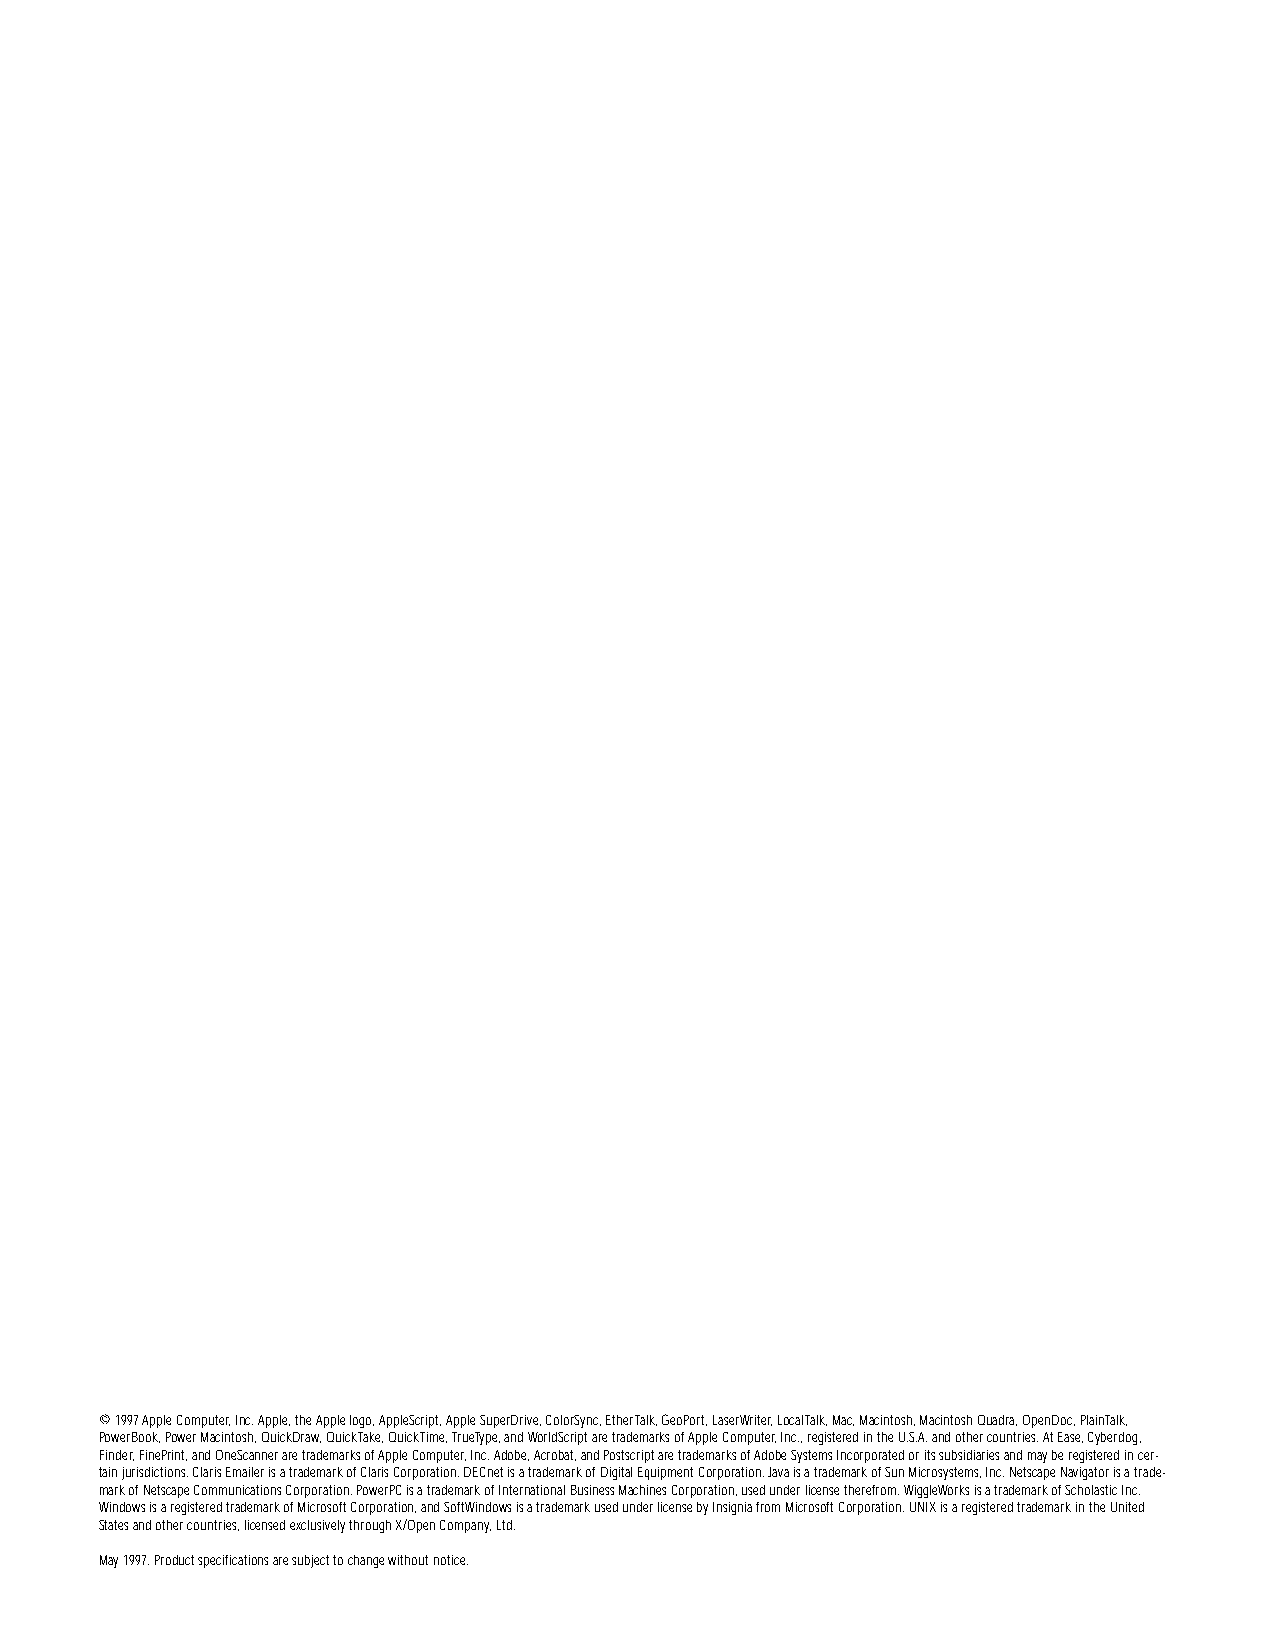
© 1997 Apple Computer, Inc. Apple, the Apple logo, AppleScript, Apple SuperDrive, ColorSync, EtherTalk, GeoPort, LaserWriter, LocalTalk, Mac, Macintosh, Macintosh Quadra, OpenDoc, PlainTalk,
 PowerBook, Power Macintosh, QuickDraw, QuickTake, QuickTime, TrueType, and WorldScript are trademarks of Apple Computer, Inc., registered in the U.S.A. and other countries. At Ease, Cyberdog,
 Finder, FinePrint, and OneScanner are trademarks of Apple Computer, Inc. Adobe, Acrobat, and Postscript are trademarks of Adobe Systems Incorporated or its subsidiaries and may be registered in cer-
 tain jurisdictions. Claris Emailer is a trademark of Claris Corporation. DECnet is a trademark of Digital Equipment Corporation. Java is a trademark of Sun Microsystems, Inc. Netscape Navigator is a trade-
 mark of Netscape Communications Corporation. PowerPC is a trademark of International Business Machines Corporation, used under license therefrom. WiggleWorks is a trademark of Scholastic Inc.
 Windows is a registered trademark of Microsoft Corporation, and SoftWindows is a trademark used under license by Insignia from Microsoft Corporation. UNIX is a registered trademark in the United
 States and other countries, licensed exclusively through X/Open Company, Ltd.
 May 1997. Product specifications are subject to change without notice.